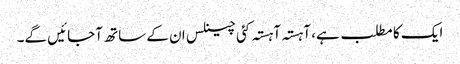
ایک کا مطلب ہے، آہستہ آہستہ کئی چینلس ان کے ساتھ آجائیں گے۔